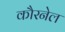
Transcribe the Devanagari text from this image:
कौरनेल